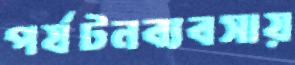
পর্যটনব্যবসায়